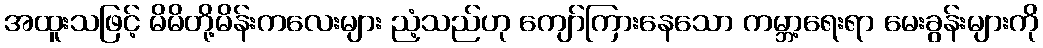
အထူးသဖြင့် မိမိတို့မိန်းကလေးများ ညံ့သည်ဟု ကျော်ကြားနေသော ကမ္ဘာ့ရေးရာ မေးခွန်းများကို